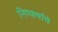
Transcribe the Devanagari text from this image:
निष्कर्षांचे